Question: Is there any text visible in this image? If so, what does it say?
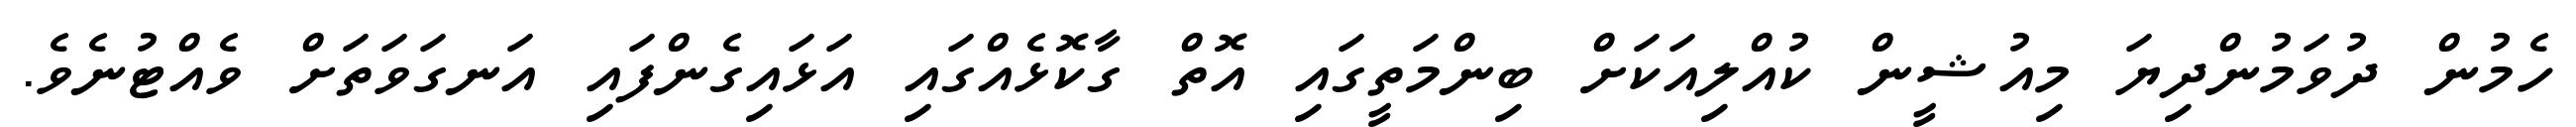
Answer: ހެމުން ދުވަމުންދިޔަ މިއުޝީން ކުއްލިއަކަށް ބިންމަތީގައި އޮތް ގާކޮޅެއްގައި އަޅައިގެންފައި އަނގަވަތަށް ވެއްޓުނެވެ.